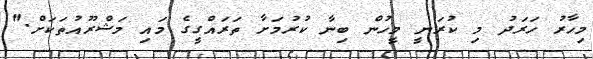
މިހާރު ހަރަދު މި ކުރަނީ މީހުން ބިނާ ކުރުމަށާ ތަރައްގީގެ މައި މަޝްރޫއުތަކަށް."